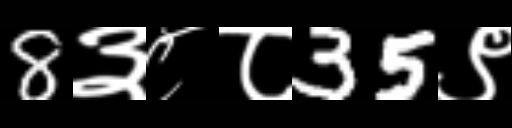
Text: 8३८८35९